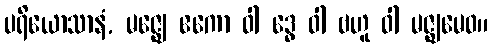
ပရိယောသာနံ, မဇ္ဈေ ဧကော ဝါ ဒွေ ဝါ ဗဟူ ဝါ မဇ္ဈမေဝ။